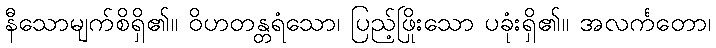
နီသောမျက်စိရှိ၏။ ဝိဟတန္တရံသော၊ ပြည့်ဖြိုးသော ပခုံးရှိ၏။ အလင်္ကတော၊